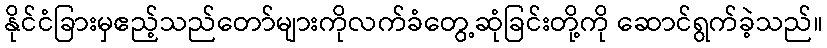
နိုင်ငံခြားမှဧည့်သည်တော်များကိုလက်ခံတွေ့ဆုံခြင်းတို့ကို ဆောင်ရွက်ခဲ့သည်။